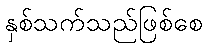
နှစ်သက်သည်ဖြစ်စေ